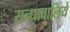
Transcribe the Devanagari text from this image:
सन्धावालिये